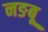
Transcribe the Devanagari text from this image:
नङबू